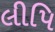
લીપિ